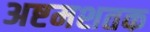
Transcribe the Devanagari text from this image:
अष्टमशतक